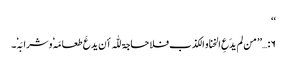
‘‘
۶:…’’ من لم یدَعِ الخنا و الکذب فلا حاجۃ للّٰہ أن یدعَ طعامَہٗ وشرابَہٗ۔